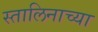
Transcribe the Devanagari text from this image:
स्तालिनाच्या